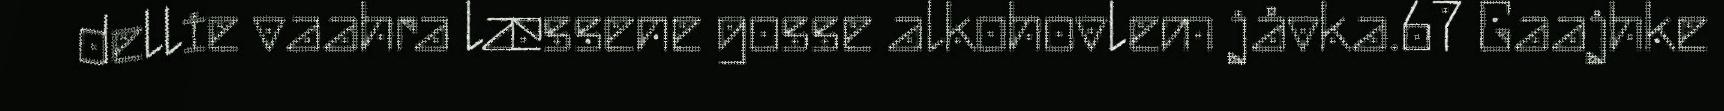
dellie vaahra læssene gosse alkohovlem jåvka.67 Gaajhke